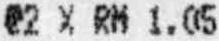
@2 X RM 1.05